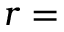
r =